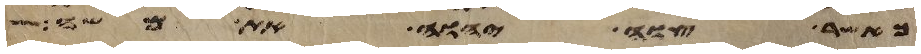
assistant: אשר צוה יהוה את משה